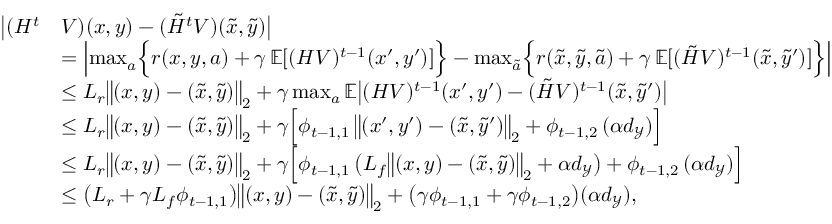
\begin{array} { r l } { \bigl | ( H ^ { t } } & { V ) ( x , y ) - ( \tilde { H } ^ { t } V ) ( \tilde { x } , \tilde { y } ) \bigr | } \\ & { = \Bigl | \operatorname* { m a x } _ { a } \Bigl \{ r ( x , y , a ) + \gamma \, \mathbb { E } [ ( H V ) ^ { t - 1 } ( x ^ { \prime } , y ^ { \prime } ) ] \Bigr \} - \operatorname* { m a x } _ { \tilde { a } } \Bigl \{ r ( \tilde { x } , \tilde { y } , \tilde { a } ) + \gamma \, \mathbb { E } [ ( \tilde { H } V ) ^ { t - 1 } ( \tilde { x } , \tilde { y } ^ { \prime } ) ] \Bigr \} \Bigr | } \\ & { \le L _ { r } \bigl \| ( x , y ) - ( \tilde { x } , \tilde { y } ) \bigr \| _ { 2 } + \gamma \operatorname* { m a x } _ { a } \mathbb { E } \bigl | ( H V ) ^ { t - 1 } ( x ^ { \prime } , y ^ { \prime } ) - ( \tilde { H } V ) ^ { t - 1 } ( \tilde { x } , \tilde { y } ^ { \prime } ) \bigr | } \\ & { \le L _ { r } \bigl \| ( x , y ) - ( \tilde { x } , \tilde { y } ) \bigr \| _ { 2 } + \gamma \Bigl [ \phi _ { t - 1 , 1 } \, \bigl \| ( x ^ { \prime } , y ^ { \prime } ) - ( \tilde { x } , \tilde { y } ^ { \prime } ) \bigr \| _ { 2 } + \phi _ { t - 1 , 2 } \, ( \alpha d _ { \mathcal { Y } } ) \Bigr ] } \\ & { \le L _ { r } \bigl \| ( x , y ) - ( \tilde { x } , \tilde { y } ) \bigr \| _ { 2 } + \gamma \Bigl [ \phi _ { t - 1 , 1 } \, \bigl ( L _ { f } \bigl \| ( x , y ) - ( \tilde { x } , \tilde { y } ) \bigr \| _ { 2 } + \alpha d _ { \mathcal { Y } } \bigr ) + \phi _ { t - 1 , 2 } \, ( \alpha d _ { \mathcal { Y } } ) \Bigr ] } \\ & { \le \bigl ( L _ { r } + \gamma L _ { f } \phi _ { t - 1 , 1 } \bigr ) \bigl \| ( x , y ) - ( \tilde { x } , \tilde { y } ) \bigr \| _ { 2 } + \bigl ( \gamma \phi _ { t - 1 , 1 } + \gamma \phi _ { t - 1 , 2 } \bigr ) ( \alpha d _ { \mathcal { Y } } ) , } \end{array}